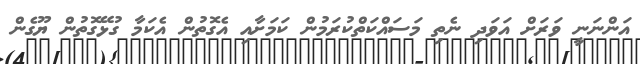
އަންނަނީ ވަރަށް އަވަދި ނެތި މަސައްކަތްކުރަމުން ކަމަށާއި އެގޮތުން އެކަމާ ގުޅޭގޮތުން ޔޫގެން